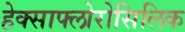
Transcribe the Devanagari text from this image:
हेक्साफ्लोरोसिलिक